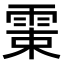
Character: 𩂺